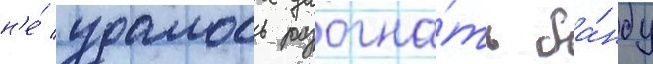
н'е́ удалось разогна́ть ба́нду